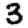
Digit: 3